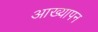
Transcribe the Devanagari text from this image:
आख्यापन